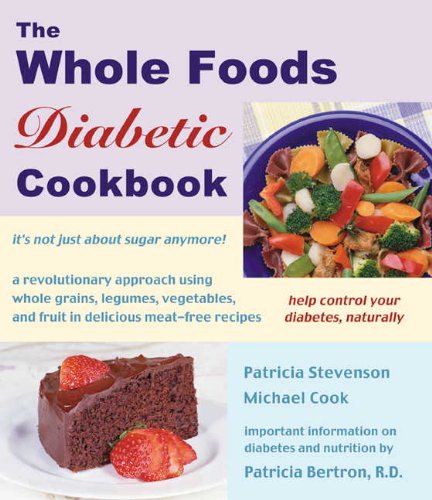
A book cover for The Whole Foods Diabetic Cookbook; Michael Cook; Cookbooks, Food & Wine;